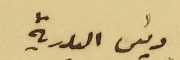
رئيس البلدية